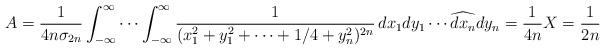
LaTeX: \begin{align*}A= \frac{1}{4n \sigma_{2n}}\int_{-\infty}^{\infty} \cdots\int_{-\infty}^{\infty} \frac{1}{(x_1^2 +y_1^2+ \cdots + 1/4+y_n^2)^{2n}} \,dx_1 dy_1\cdots \widehat{dx_{n}}dy_n=\frac{1}{4n}X = \frac{1}{2n}\end{align*}